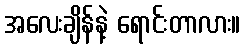
အလေးချိန်နဲ့ ရောင်းတာလား။